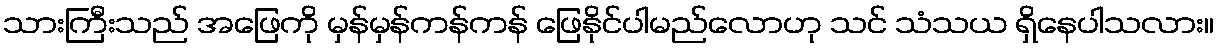
သားကြီးသည် အဖြေကို မှန်မှန်ကန်ကန် ဖြေနိုင်ပါမည်လောဟု သင် သံသယ ရှိနေပါသလား။